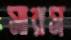
সারস